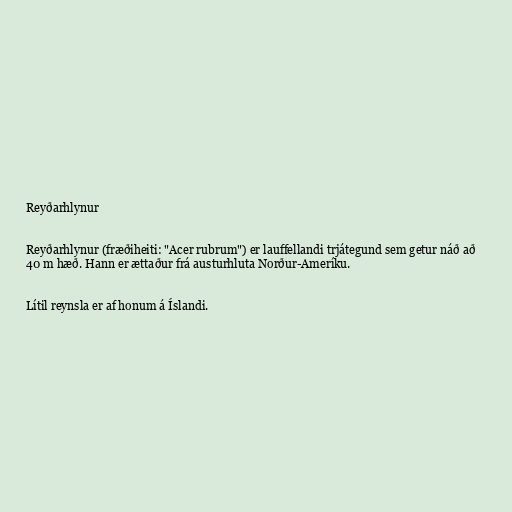
Reyðarhlynur

Reyðarhlynur (fræðiheiti: "Acer rubrum") er lauffellandi trjátegund sem getur náð að
40 m hæð. Hann er ættaður frá austurhluta Norður-Ameríku.

Lítil reynsla er af honum á Íslandi.